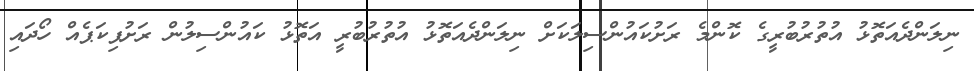
ނިލަންދެއަތޮޅު އުތުރުބުރީގެ ކޮންމެ ރަށުކައުންސިލަކަށް ނިލަންދެއަތޮޅު އުތުރުބުރީ އަތޮޅު ކައުންސިލުން ރަށުޕިކަޕެއް ހޯދައި